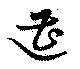
遭